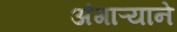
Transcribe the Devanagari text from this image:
अंगाऱ्याने